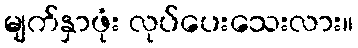
မျက်နှာဖုံး လုပ်ပေးသေးလား။